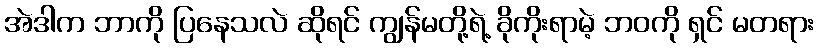
အဲဒါက ဘာကို ပြနေသလဲ ဆိုရင် ကျွန်မတို့ရဲ့ ခိုကိုးရာမဲ့ ဘဝကို ရှင် မတရား